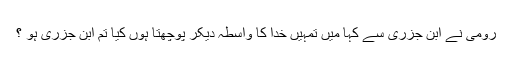
رومی نے ابن جزری سے کہا میں تمہیں خدا کا واسطہ دیکر پوچھتا ہوں کیا تم ابن جزری ہو ؟